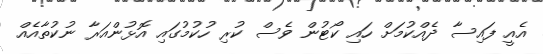
އެއީ ފައިސާ ދެއްކުމަށް ހައި ކޯޓުން ވެސް ކުރި ހުކުމުގައި އޮޅުންއަރާ ނުކުތާއެއް